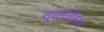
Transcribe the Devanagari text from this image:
सुसंगतीकरण